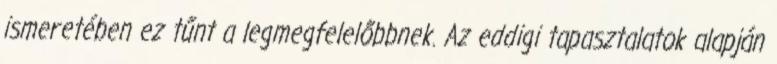
ismeretében ez tűnt a legmegfelelőbbnek. Az eddigi tapasztalatok alapján